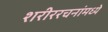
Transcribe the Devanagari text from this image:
शरीररचनांमध्ये